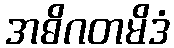
အဓိဂတမိဒံ